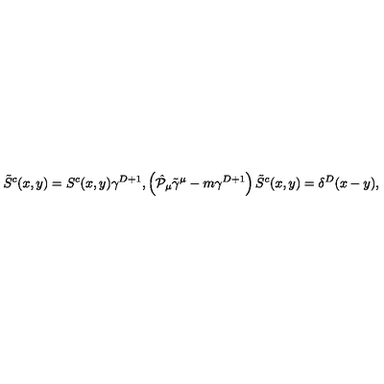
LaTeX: \tilde { S } ^ { c } ( x , y ) = S ^ { c } ( x , y ) \gamma ^ { D + 1 } , \left( \hat { { \cal P } } _ { \mu } \tilde { \gamma } ^ { \mu } - m \gamma ^ { D + 1 } \right) \tilde { S } ^ { c } ( x , y ) = \delta ^ { D } ( x - y ) ,